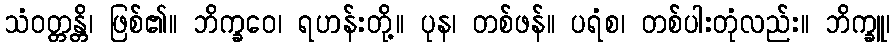
သံဝတ္တန္တိ၊ ဖြစ်၏။ ဘိက္ခဝေ၊ ရဟန်းတို့။ ပုန၊ တစ်ဖန်။ ပရံစ၊ တစ်ပါးတုံလည်း။ ဘိက္ခူ၊